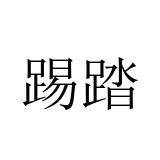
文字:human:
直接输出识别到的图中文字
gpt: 踢踏